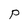
Character: p